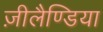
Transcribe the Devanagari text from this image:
ज़ीलैण्डिया